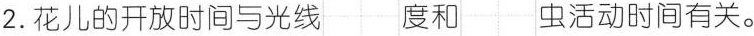
2.花儿的开放时间与光线 度和 虫活动时间有关。